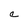
Character: e